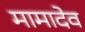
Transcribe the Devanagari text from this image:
मामादेव